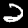
Digit: 2